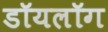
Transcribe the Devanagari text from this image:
डॉयलॉग